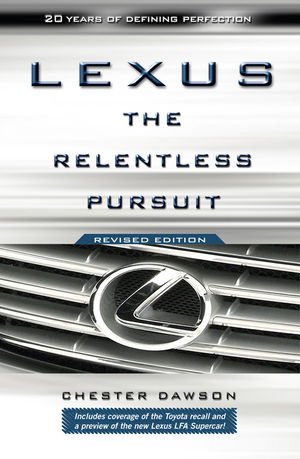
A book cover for Lexus: The Relentless Pursuit; Chester Dawson; Engineering & Transportation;